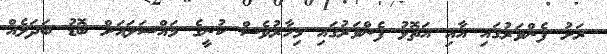
ރަށު ފެންވަރުގަައި އާާއި އަތޮޅު ފެންވަރުގައި މިހާރުވެސް ކުނީގެ މައްސަލައަށް ބޮޑު ބަދަލެއް